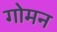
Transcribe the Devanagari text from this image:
गोमन